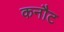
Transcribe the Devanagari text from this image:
कनौट